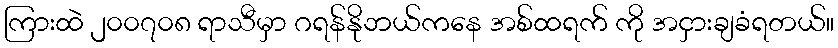
ကြားထဲ ၂၀၀၇၀၈ ရာသီမှာ ဂရန်နိုဘယ်ကနေ အစ်ထရက် ကို အငှားချခံရတယ်။